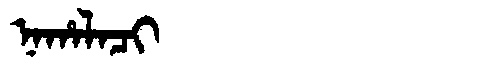
Manchu: ᠨᠠᡥᠠᠯᠠᠴᡳ
Romanization: NAHALACI